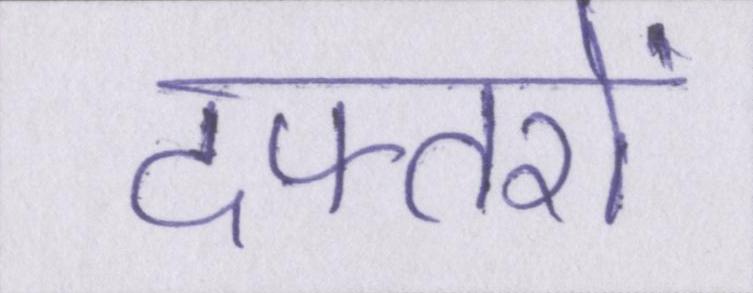
दफ्तरों